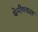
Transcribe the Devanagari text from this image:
थेनीक्कल